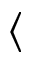
\langle